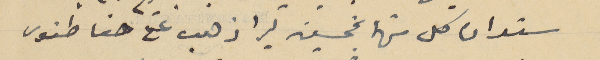
سندان كل منهما بخمسين ليرا ذهب على حنا طنوس